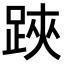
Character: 𨁂